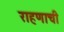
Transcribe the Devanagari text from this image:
राहणाची